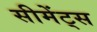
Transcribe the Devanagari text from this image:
सीमेंट्स